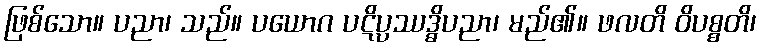
ဖြစ်သော။ ပညာ၊ သည်။ ပယောဂ ပဋိပ္ပဿဒ္ဓိပညာ၊ မည်၏။ ဖလတိ ဝိပစ္စတိ၊